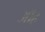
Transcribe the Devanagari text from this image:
ऑह